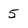
Character: 5